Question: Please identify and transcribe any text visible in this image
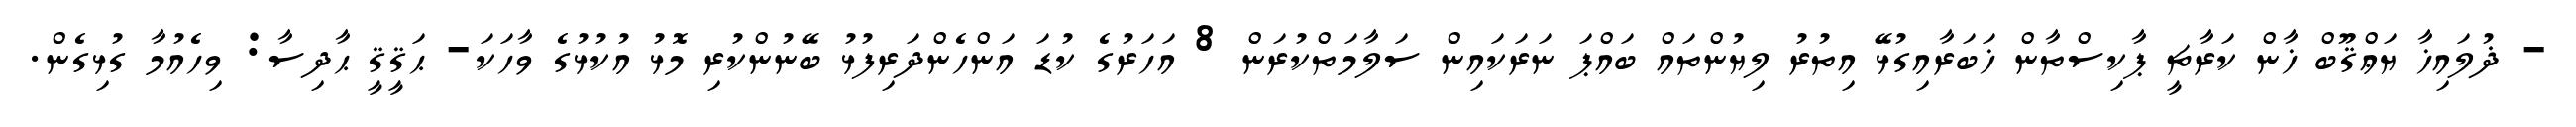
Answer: - ޛުލައިޚާ ޔަޢްޤޫބް ޚާން ކަރާޗީ ޕާކިސްތާން ޚަބަރާއިގުޅޭ އިތުރު ލިޔުންތައް ބައްޕަ ނަރަކައިން ސަލާމަތްކުރަން 8 އަހަރުގެ ކުޑަ އަންހެންދަރިފުޅު ބޭނުންކުރި މޮޅު އުކުޅުގެ ވާހަކަ- ޙަޤީޤީ ޙާދިސާ: ވިހެއުމާ ގުޅިގެން.